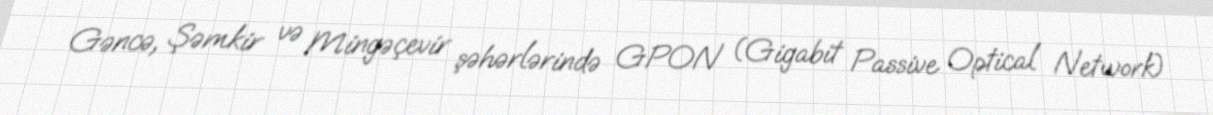
Gəncə, Şəmkir və Mingəçevir şəhərlərində GPON (Gigabit Passive Optical Network)